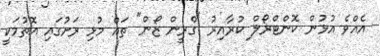
އެއްވެ އުޅުން ކޮންޓްރޯލް ކުރާއިރު "ގްރީން ޒޯން" ތައް މުޅި ރަށުގައި އޮތުމަކީ